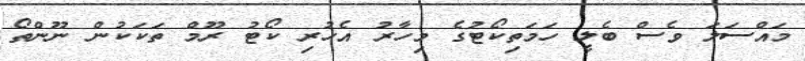
މައްސަލަ ވެސް ބެލީ ހަމަތިކޯޓުގެ މިހާރު އެހުރި ކޯޓު ރޫމް ތަކަކުން ނޫންތޯ